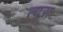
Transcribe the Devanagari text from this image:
त्यस